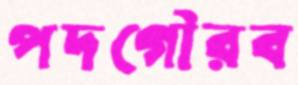
পদগৌরব